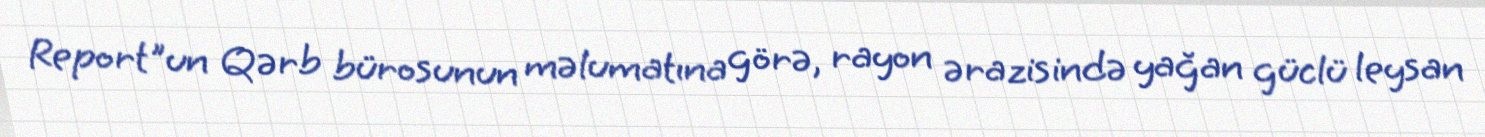
Report"un Qərb bürosunun məlumatına görə, rayon ərazisində yağan güclü leysan